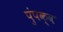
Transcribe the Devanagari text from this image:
पुंपक्व